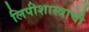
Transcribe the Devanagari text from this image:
लिपीशास्त्राची